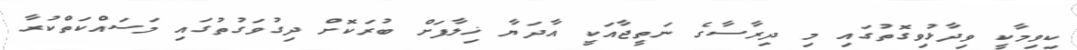
ކިވިމާކީ ވިދާޅުވިގޮތުގައި މި ދިރާސާގެ ނަތީޖާއަކީ އާދަޔާ ޚިލާފަށް ބުރަކޮށް ދިގުވަގުތުގައި މަސައްކަތްކުރާ